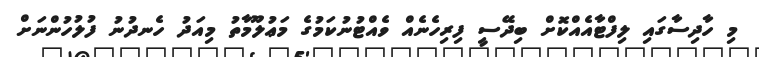
މި ހާދިސާގައި ލިފްޓާއެއްކޮށް ބިދޭސީ ފިރިހެނެއް ވެއްޓުނުކަމުގެ މަޢުލޫމާތު މިއަދު ހެނދުނު ފުލުހުންނަށް